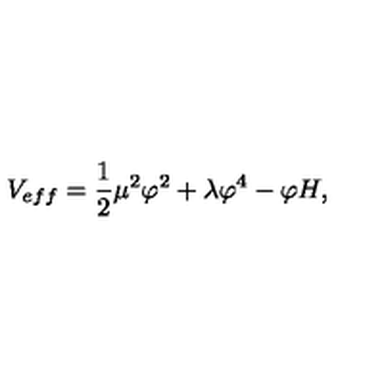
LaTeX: V _ { e f f } = \frac { 1 } { 2 } \mu ^ { 2 } \varphi ^ { 2 } + \lambda \varphi ^ { 4 } - \varphi H ,